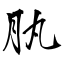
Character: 肒